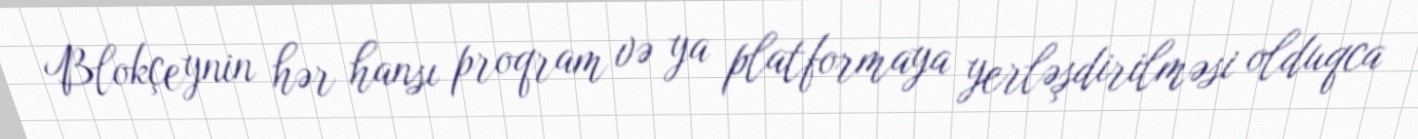
Blokçeynin hər hansı proqram və ya platformaya yerləşdirilməsi olduqca